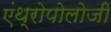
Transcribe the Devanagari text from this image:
एंथ्रोपोलोजी